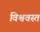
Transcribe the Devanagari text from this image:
विश्ववस्त